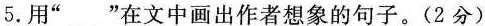
5.用”﹏”在文中画出作者想象的句子。(2分)